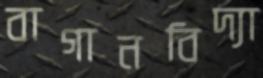
বাগানবিদ্যা